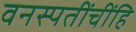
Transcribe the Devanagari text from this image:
वनस्पतींचींहि